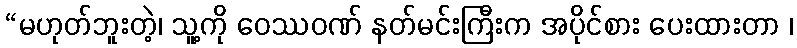
“မဟုတ်ဘူးတဲ့၊ သူ့ကို ဝေဿဝဏ် နတ်မင်းကြီးက အပိုင်စား ပေးထားတာ ၊